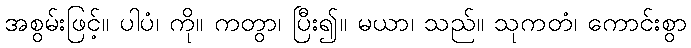
အစွမ်းဖြင့်။ ပါပံ၊ ကို။ ကတွာ၊ ပြီး၍။ မယာ၊ သည်။ သုကတံ၊ ကောင်းစွာ